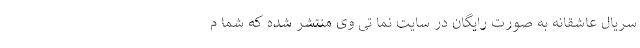
سریال عاشقانه به صورت رایگان در سایت نما تی وی منتشر شده که شما م